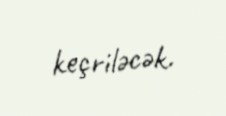
keçriləcək.